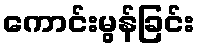
ကောင်းမွန်ခြင်း